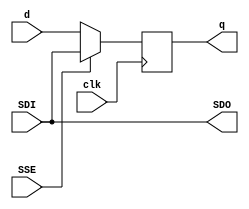
//======================================================================
//                       Bobcat RTL design file
//=======================================================================
//                  AMD PROPRIETARY AND CONFIDENTIAL
//           (c) Copyright 2007 Advanced Micro Devices, Inc.
//=======================================================================
// File Id and RCS Info:
// $Id: etl1.v,v 1.1 2010/12/08 22:14:14 vsananda Exp $
// $Change: 41975 $
//=======================================================================
// Module Description:
// Behavioral models for Mux-D rising edge flop, scan toggle reset to zero.
//=======================================================================

`timescale 1ps/1ps


module etl1(q, clk, d, SDO, SDI, SSE);

parameter upper=0, lower=0; // default width of output
parameter width = upper - lower + 1;

output [upper:lower] q;     // data out
input                clk;   // clock
input  [upper:lower] d;     // data in
output [upper:lower] SDO;   // scan data out  -- FIXME DAN: REMOVE SDO
input  [upper:lower] SDI;   // scan data in
input                SSE;   // scan shift enable 


`ifdef GUTS_TEST
// ***************************************************************
// GUTS synthesis RTL

reg    [upper:lower] q;
wire   [upper:lower] SDO;

always @(posedge clk)
     q[upper:lower] <= d[upper:lower];

assign SDO[upper:lower] = {width{1'b0}};  // FIXME DAN: REMOVE SDO

//! unused SDI
//! unused SSE


`else

// ***************************************************************
// Simulation-only Rising Edge Flop model.

reg    [upper:lower] q;
wire   [upper:lower] SDO;

always @(posedge clk)
    if (SSE)
        q[upper:lower] <= SDI[upper:lower];  // SDI=0 in reset
    else if (~SSE)
        q[upper:lower] <= d[upper:lower];
    else
        q[upper:lower] <= {width{1'bx}};

// FIXME DAN: SDO should be removed, and this whole ifdef pair as well.
`ifdef SCAN_FLOP
assign SDO[upper:lower] = q[upper:lower];
`else 
assign SDO[upper:lower] = SDI[upper:lower];
`endif

`endif  // GUTS_TEST  


endmodule